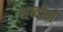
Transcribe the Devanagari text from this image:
शब्दोमें